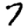
Digit: 7